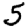
Digit: 5